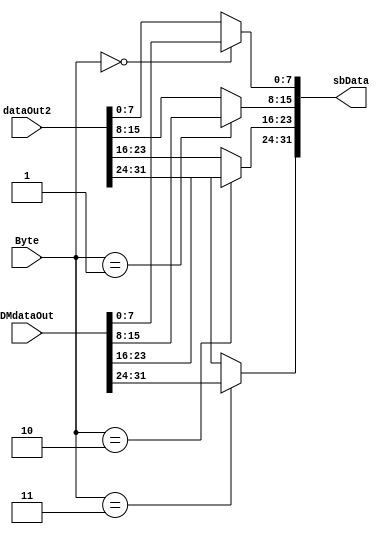
`timescale 1ns / 1ps
//////////////////////////////////////////////////////////////////////////////////
// Company: 
// Engineer: 
// 
// Design Name: 
// Module Name:    sbgen 
// Project Name: 
// Target Devices: 
// Tool versions: 
// Description: 
//
// Dependencies: 
//
// Revision: 
// Revision 0.01 - File Created
// Additional Comments: 
//
//////////////////////////////////////////////////////////////////////////////////
module sbgen(
	input [31:0] DMdataOut,
	input [31:0] dataOut2,
	input [1:0] Byte, //
	output reg [31:0] sbData
    );
	integer i;
	always @(*) begin
		sbData[7 : 0] = (Byte == 2'b00) ? DMdataOut[7 : 0] : dataOut2[7 : 0];
		sbData[15 : 8] = (Byte == 2'b01) ? DMdataOut[15 : 8] : dataOut2[15 : 8];
		sbData[23 : 16] = (Byte == 2'b10) ? DMdataOut[23 : 16] : dataOut2[23 : 16];
		sbData[31 : 24] = (Byte == 2'b11) ? DMdataOut[31 : 24] : dataOut2[31 : 24];
	end

endmodule